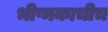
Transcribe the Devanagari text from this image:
भीष्मकाचीच